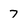
Character: 7